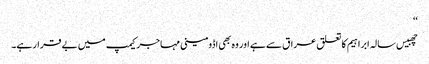
‘‘
چھبیس سالہ ابراہیم کا تعلق عراق سے ہے اور وہ بھی اڈومینی مہاجر کیمپ میں بے قرار ہے۔